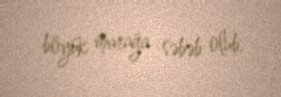
böyük marağa səbəb olub.